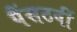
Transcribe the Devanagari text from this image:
पैंसठवीं